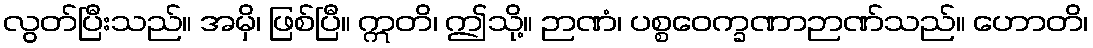
လွတ်ပြီးသည်။ အမှိ၊ ဖြစ်ပြီ။ ဣတိ၊ ဤသို့။ ဉာဏံ၊ ပစ္စဝေက္ခဏာဉာဏ်သည်။ ဟောတိ၊